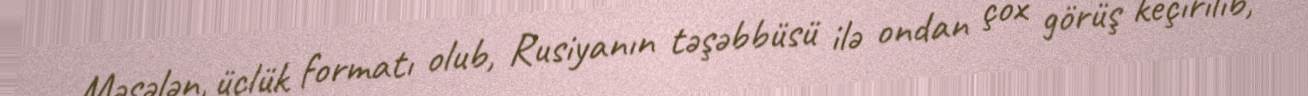
Məsələn, üçlük formatı olub, Rusiyanın təşəbbüsü ilə ondan çox görüş keçirilib,